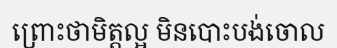
ព្រោះថាមិត្តល្អ មិនបោះបង់ចោល